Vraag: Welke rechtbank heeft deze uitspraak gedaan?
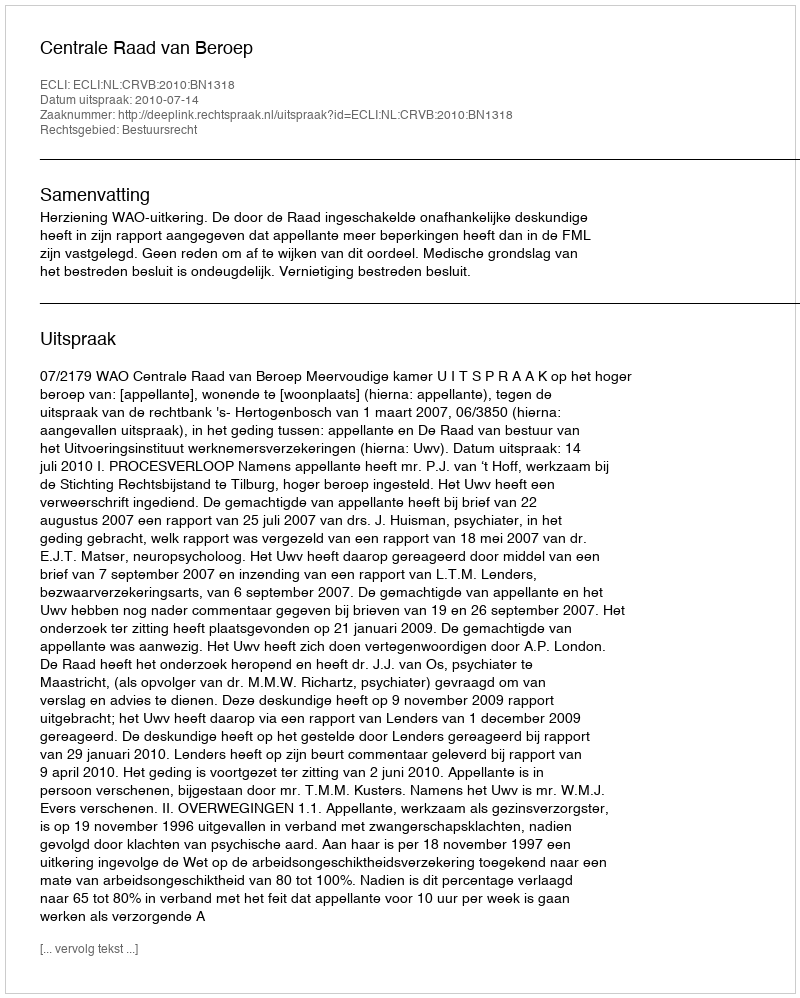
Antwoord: Centrale Raad van Beroep